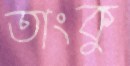
তাংকু